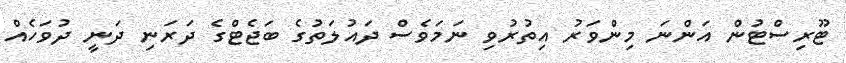
ޓޫރިސްޓުން އަންނަ މިންވަރު އިތުރުވި ނަމަވެސް ދައުލަތުގެ ބަޖެޓްގެ ދަރަނި ދަނީ ދުވަހެއް